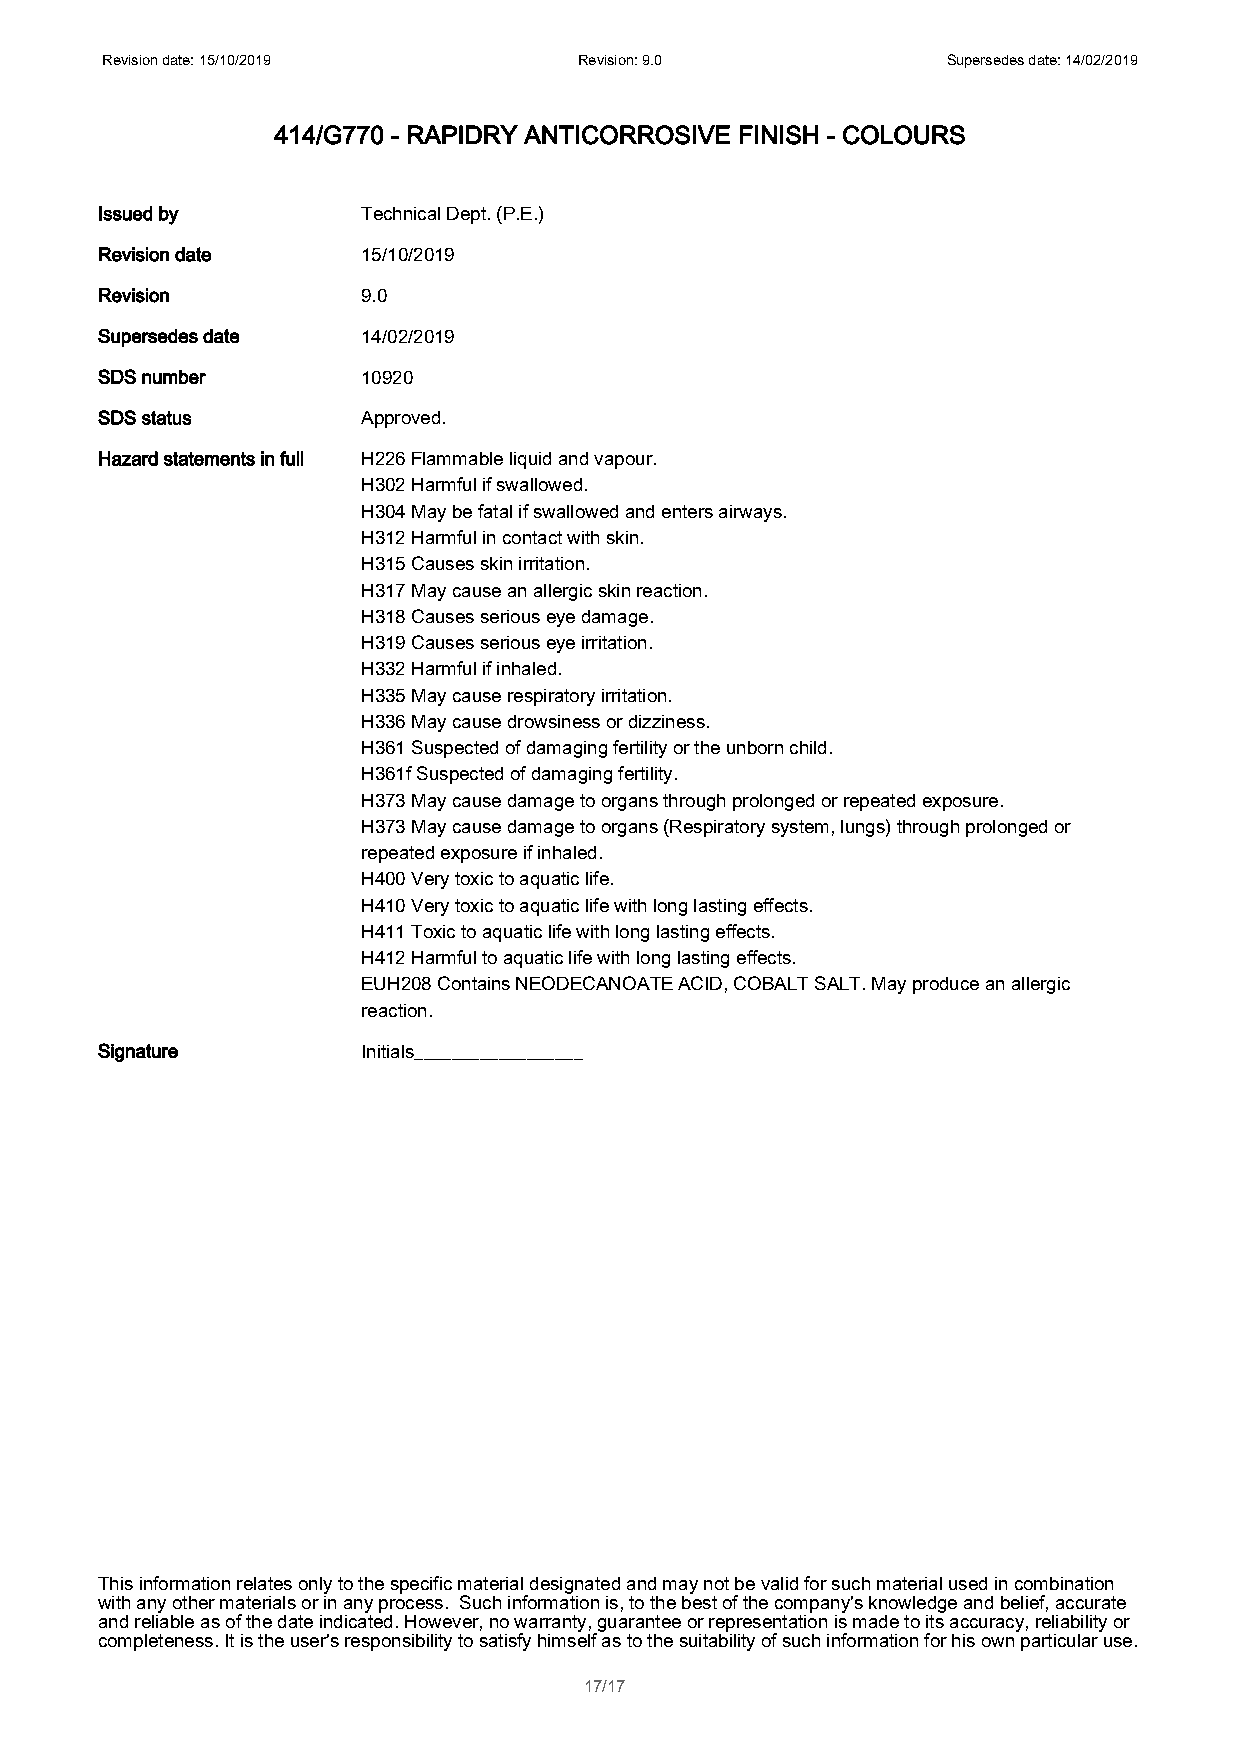
Revision date: 15/10/2019      Revision: 9.0            Supersedes date: 14/02/2019
 414/G770 - RAPIDRY ANTICORROSIVE FINISH - COLOURS
 Issued by         Technical Dept. (P.E.)
 Revision date     15/10/2019
 Revision          9.0
 Supersedes date   14/02/2019
 SDS number        10920
 SDS status        Approved.
 Hazard statements in full H226 Flammable liquid and vapour.
 H302 Harmful if swallowed.
 H304 May be fatal if swallowed and enters airways.
 H312 Harmful in contact with skin.
 H315 Causes skin irritation.
 H317 May cause an allergic skin reaction.
 H318 Causes serious eye damage.
 H319 Causes serious eye irritation.
 H332 Harmful if inhaled.
 H335 May cause respiratory irritation.
 H336 May cause drowsiness or dizziness.
 H361 Suspected of damaging fertility or the unborn child.
 H361f Suspected of damaging fertility.
 H373 May cause damage to organs through prolonged or repeated exposure.
 H373 May cause damage to organs (Respiratory system, lungs) through prolonged or
 repeated exposure if inhaled.
 H400 Very toxic to aquatic life.
 H410 Very toxic to aquatic life with long lasting effects.
 H411 Toxic to aquatic life with long lasting effects.
 H412 Harmful to aquatic life with long lasting effects.
 EUH208 Contains NEODECANOATE ACID, COBALT SALT. May produce an allergic
 reaction.
 Signature         Initials__________________
 This information relates only to the specific material designated and may not be valid for such material used in combination
 with any other materials or in any process. Such information is, to the best of the company's knowledge and belief, accurate
 and reliable as of the date indicated. However, no warranty, guarantee or representation is made to its accuracy, reliability or
 completeness. It is the user's responsibility to satisfy himself as to the suitability of such information for his own particular use.
 17/17